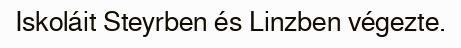
Iskoláit Steyrben és Linzben végezte.